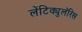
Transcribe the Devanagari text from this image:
लेंटिक्युलॅरिस